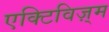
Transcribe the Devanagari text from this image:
एक्टिविज़्म